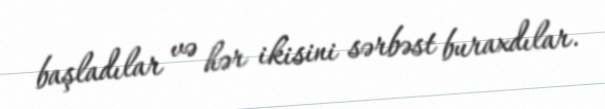
başladılar və hər ikisini sərbəst buraxdılar.